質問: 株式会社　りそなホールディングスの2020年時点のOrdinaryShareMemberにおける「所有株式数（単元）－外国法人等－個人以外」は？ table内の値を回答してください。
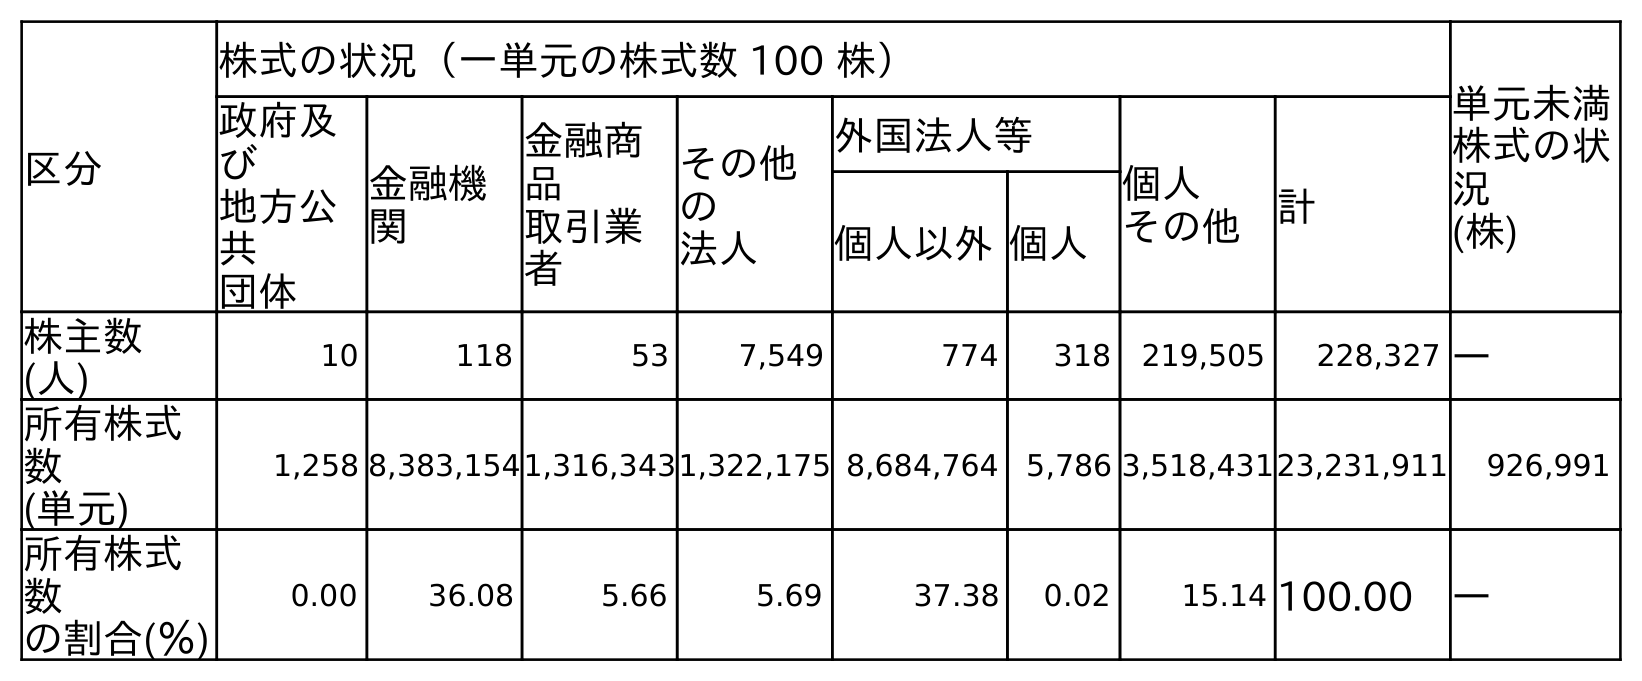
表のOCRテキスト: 区分 株式の状況（一単元の株式数 100 株） 単元未満 株式の状 況 (株) 政府及 び 地方公 共 団体 金融機 関 金融商 品 取引業 者 その他 の 法人 外国法人等 個人 その他 計 個人以外個人 株主数 (人) 10 118 53 7,549 774 318 219,505 228,327 ― 所有株式 数 (単元) 1,258 8,383,1541,316,3431,322,175 8,684,764 5,786 3,518,43123,231,911 926,991 所有株式 数 の割合(％) 0.00 36.08 5.66 5.69 37.38 0.02 15.14 100.00 ―
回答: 8,684,764